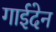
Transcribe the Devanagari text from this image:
गाईदेन